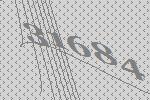
31684